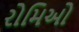
રોમિઓ